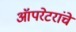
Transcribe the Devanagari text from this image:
ऑपरेटरांचे